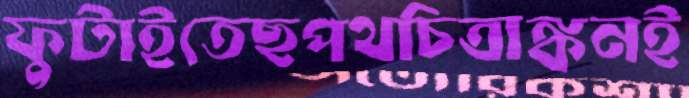
ফুটাইতেছপথচিত্রাঙ্কনই